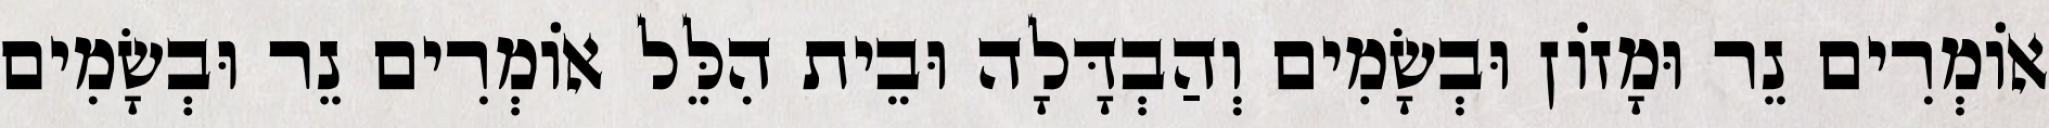
אוֹמְרִים נֵר וּמָזוֹן וּבְשָׂמִים וְהַבְדָּלָה וּבֵית הִלֵּל אוֹמְרִים נֵר וּבְשָׂמִים